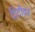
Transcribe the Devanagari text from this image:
ट्रिटीवर